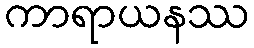
ကာရာယနဿ